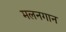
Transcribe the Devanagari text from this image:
मलनगान